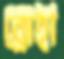
ব্রোহী